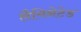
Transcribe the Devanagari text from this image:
लैमिनेटेड